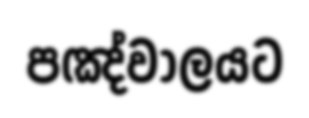
පඤ්වාලයට